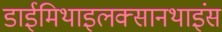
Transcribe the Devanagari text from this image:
डाईमिथाइलक्सानथाइंस